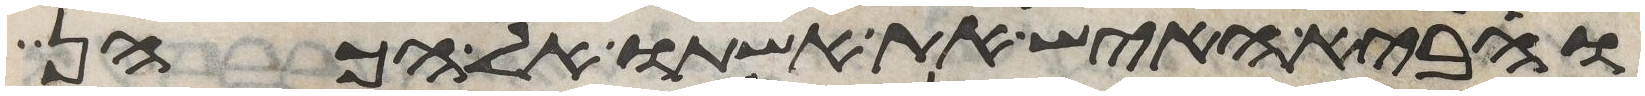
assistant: והביא האיש את אשתו אל הכהן